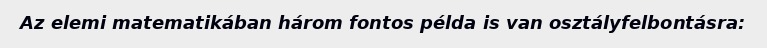
Az elemi matematikában három fontos példa is van osztályfelbontásra: